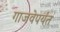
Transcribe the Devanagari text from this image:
गाजवेपर्यंत